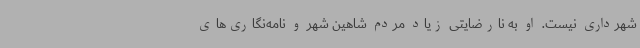
شهرداری نیست. او به نارضایتی زیاد مردم شاهین شهر و نامه‌نگاری‌های